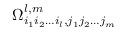
\Omega _ { i _ { 1 } i _ { 2 } \dots i _ { l } , j _ { 1 } j _ { 2 } \dots j _ { m } } ^ { l , m }